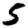
Digit: 5